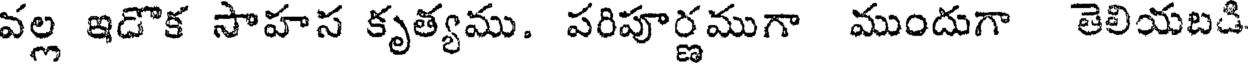
వల్ల ఇడొక సాహస కృత్యము. పరిపూర్ణముగా ముందుగా తెలియబడి